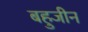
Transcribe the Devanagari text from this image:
बहुजीन